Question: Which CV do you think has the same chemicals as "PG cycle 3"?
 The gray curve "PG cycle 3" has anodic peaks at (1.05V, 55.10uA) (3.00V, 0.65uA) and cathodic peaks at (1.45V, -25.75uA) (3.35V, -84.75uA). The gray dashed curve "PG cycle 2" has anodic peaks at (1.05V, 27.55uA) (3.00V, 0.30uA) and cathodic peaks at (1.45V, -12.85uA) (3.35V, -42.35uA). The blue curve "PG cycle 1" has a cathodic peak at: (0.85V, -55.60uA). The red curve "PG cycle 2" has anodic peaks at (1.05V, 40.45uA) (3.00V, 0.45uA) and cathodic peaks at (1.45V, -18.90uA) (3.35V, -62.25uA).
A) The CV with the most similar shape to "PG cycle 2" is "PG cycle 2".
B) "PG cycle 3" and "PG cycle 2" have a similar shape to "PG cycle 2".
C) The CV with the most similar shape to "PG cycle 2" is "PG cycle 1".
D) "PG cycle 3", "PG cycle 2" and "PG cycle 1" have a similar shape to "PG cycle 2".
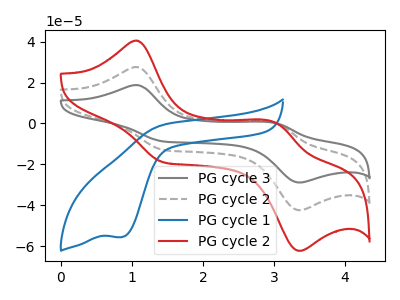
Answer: <think>All the peaks in "PG cycle 3" have a peak in "PG cycle 2" at the same potential. Every peak in "PG cycle 3" is higher than every peak in "PG cycle 2". "PG cycle 3" and "PG cycle 1" have a different number of peaks. All the peaks in "PG cycle 3" have a peak in "PG cycle 2" at the same potential. Every peak in "PG cycle 3" is higher than every peak in "PG cycle 2". "PG cycle 2" and "PG cycle 1" have a different number of peaks. All the peaks in "PG cycle 2" have a peak in "PG cycle 2" at the same potential. Every peak in "PG cycle 2" is lower than every peak in "PG cycle 2". "PG cycle 1" and "PG cycle 2" have a different number of peaks.
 </think>
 <answer>B) "PG cycle 3" and "PG cycle 2" have a similar shape to "PG cycle 2".</answer>
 <eval>B</eval>